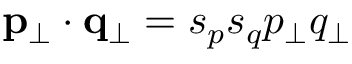
{ \bf p _ { \perp } } \cdot { \bf q _ { \perp } } = s _ { p } s _ { q } p _ { \perp } q _ { \perp }